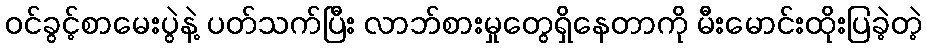
ဝင်ခွင့်စာမေးပွဲနဲ့ ပတ်သက်ပြီး လာဘ်စားမှုတွေရှိနေတာကို မီးမောင်းထိုးပြခဲ့တဲ့